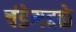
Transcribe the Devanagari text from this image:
चंडेमद्दळे